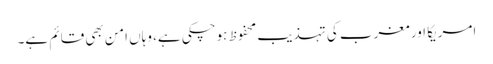
امریکا اور مغرب کی تہذیب محفوظ ہوچکی ہے، وہاں امن بھی قائم ہے۔